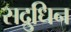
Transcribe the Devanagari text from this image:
सद्रुधिन